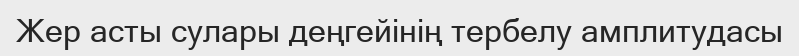
Жер асты сулары деңгейінің тербелу амплитудасы